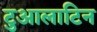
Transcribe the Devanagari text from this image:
टुआलाटिन